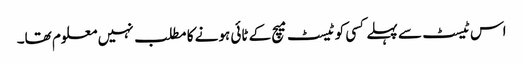
اس ٹیسٹ سے پہلے کسی کو ٹیسٹ میچ کے ٹائی ہونے کا مطلب نہیں معلوم تھا۔